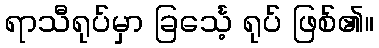
ရာသီရုပ်မှာ ခြင်္သေ့ ရုပ် ဖြစ်၏။